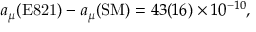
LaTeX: a _ { \mu } ( \mathrm { E 8 2 1 } ) - a _ { \mu } ( \mathrm { S M } ) = 4 3 ( 1 6 ) \times 1 0 ^ { - 1 0 } ,